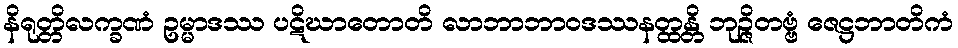
နိရုတ္တိလက္ခဏံ ဥမ္မာဒဿ ပဋိဃာတောတိ လာဘာဘာဝဒဿနတ္ထန္တိ ဘုဉ္ဇိတဗ္ဗံ ဇေဋ္ဌဘာတိကံ